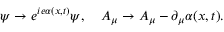
\psi \rightarrow e ^ { i e \alpha ( x , t ) } \psi , \quad A _ { \mu } \rightarrow A _ { \mu } - \partial _ { \mu } \alpha ( x , t ) .